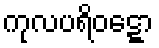
ကုလပရိဝဋ္ဋော